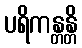
ပရိကန္တန္တိ